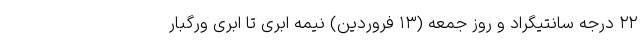
۲۲ درجه سانتیگراد و روز جمعه (۱۳ فروردین) نیمه ابری تا ابری ورگبار